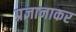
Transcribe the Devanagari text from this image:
प्रज्ञानाकर